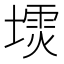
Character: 𪤙